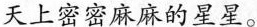
天上密密麻麻的星星。